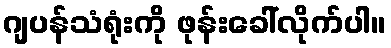
ဂျပန်သံရုံးကို ဖုန်းခေါ်လိုက်ပါ။